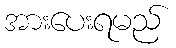
အားပေးရမည်